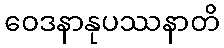
ဝေဒနာနုပဿနာတိ